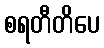
စရတီတိပေ